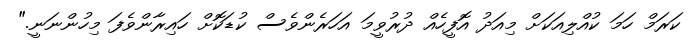
ކަރަމް ހަމަ ކުއްލިއަކަށް މިއަދު އޮފީހެއް ދުރުވީމަ އަހަރެންވެސް ކުޑަކޮށް ހައިރާންވެފަ މިހުންނަނީ."